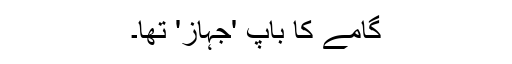
گامے کا باپ 'جہاز' تھا۔